Annual administration report of the Civil Veterinary Department of India - 1896-1897
Year: 1896
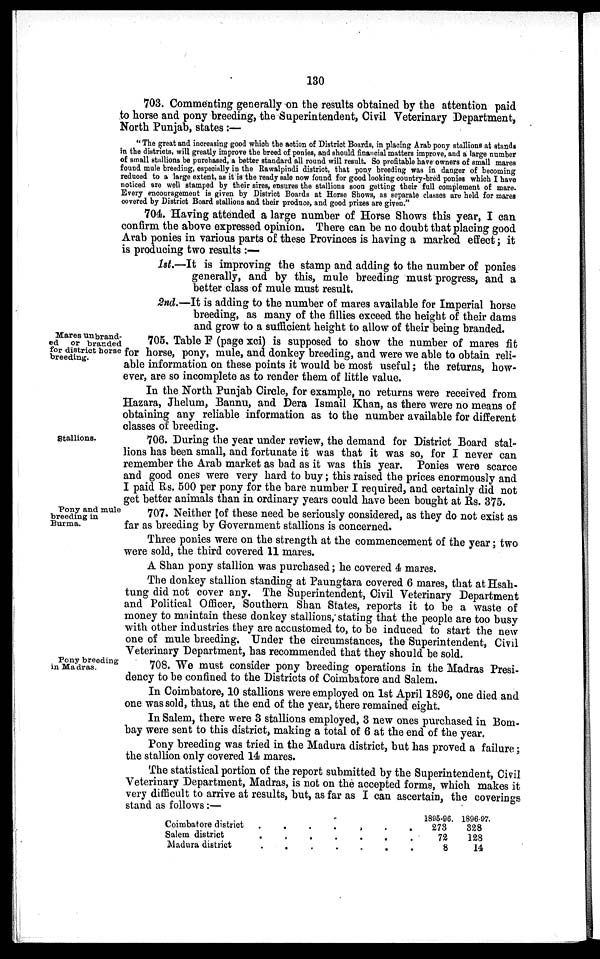
130
703. Commenting generally on the results obtained by the attention paid
to horse and pony breeding, the Superintendent, Civil Veterinary Department,
North Punjab, states :—
" The great and increasing good which the action of District Boards, in placing Arab pony stallions at stands
in the districts, will greatly improve the breed of ponies, and should financial matters improve, and a large number
of small stallions be purchased, a better standard all round will result. So profitable have owners of small mares
found mule breeding, especially in the Rawalpindi district, that pony breeding was in danger of becoming
reduced to a large extent, as it is the ready sale now found for good looking country-bred ponies which I have
noticed are well stamped by their sires, ensures the stallions soon getting their full complement of mare.
Every encouragement is given by District Boards at Horse Shows, as separate classes are held for mares
covered by District Board stallions and their produce, and good prizes are given."
704. Having attended a large number of Horse Shows this year, I can
confirm the above expressed opinion. There can be no doubt that placing good
Arab ponies in various parts of these Provinces is having a marked effect; it
is producing two results :—
1st.—It is improving the stamp and adding to the number of ponies
generally, and by this, mule breeding must progress, and a
better class of mule must result.
2nd.—It is adding to the number of mares available for Imperial horse
breeding, as many of the fillies exceed the height of their dams
and grow to a sufficient height to allow of their being branded.
Mares unbrand-
ed or branded
for district horse
breeding.
705. Table F (page xci) is supposed to show the number of mares fit
for horse, pony, mule, and donkey breeding, and were we able to obtain reli-
able information on these points it would be most useful; the returns, how-
ever, are so incomplete as to render them of little value.
In the North Punjab Circle, for example, no returns were received from
Hazara, Jhelum, Bannu, and Dera Ismail Khan, as there were no means of
obtaining any reliable information as to the number available for different
classes of breeding.
Stallions.
706. During the year under review, the demand for District Board stal-
lions has been small, and fortunate it was that it was so, for I never can
remember the Arab market as bad as it was this year. Ponies were scarce
and good ones were very hard to buy; this raised the prices enormously and
I paid Rs. 500 per pony for the bare number I required, and certainly did not
get better animals than in ordinary years could have been bought at Rs. 375.
Pony and mule
breeding in
Burma.
707. Neither of these need be seriously considered, as they do not exist as
far as breeding by Government stallions is concerned.
Three ponies were on the strength at the commencement of the year; two
were sold, the third covered 11 mares.
A Shan pony stallion was purchased; he covered 4 mares.
The donkey stallion standing at Paungtara covered 6 mares, that at Hsah-
tung did not cover any. The Superintendent, Civil Veterinary Department
and Political Officer, Southern Shan States, reports it to be a waste of
money to maintain these donkey stallions, stating that the people are too busy
with other industries they are accustomed to, to be induced to start the new
one of mule breeding. Under the circumstances, the Superintendent, Civil
Veterinary Department, has recommended that they should be sold.
Pony breeding
in Madras.
708. We must consider pony breeding operations in the Madras Presi-
dency to be confined to the Districts of Coimbatore and Salem.
In Coimbatore, 10 stallions were employed on 1st April 1896, one died and
one was sold, thus, at the end of the year, there remained eight.
In Salem, there were 3 stallions employed, 3 new ones purchased in Bom-
bay were sent to this district, making a total of 6 at the end of the year.
Pony breeding was tried in the Madura district, but has proved a failure;
the stallion only covered 14 mares.
The statistical portion of the report submitted by the Superintendent, Civil
Veterinary Department, Madras, is not on the accepted forms, which makes it
very difficult to arrive at results, but, as far as I can ascertain, the coverings
stand as follows:—
Coimbatore district .
Salem district .
Madura district .
. .
. .
. .
. .
. .
. .
.
.
.
1896-96.
. 273
. 72
. 8
1896-97.
328
128
14